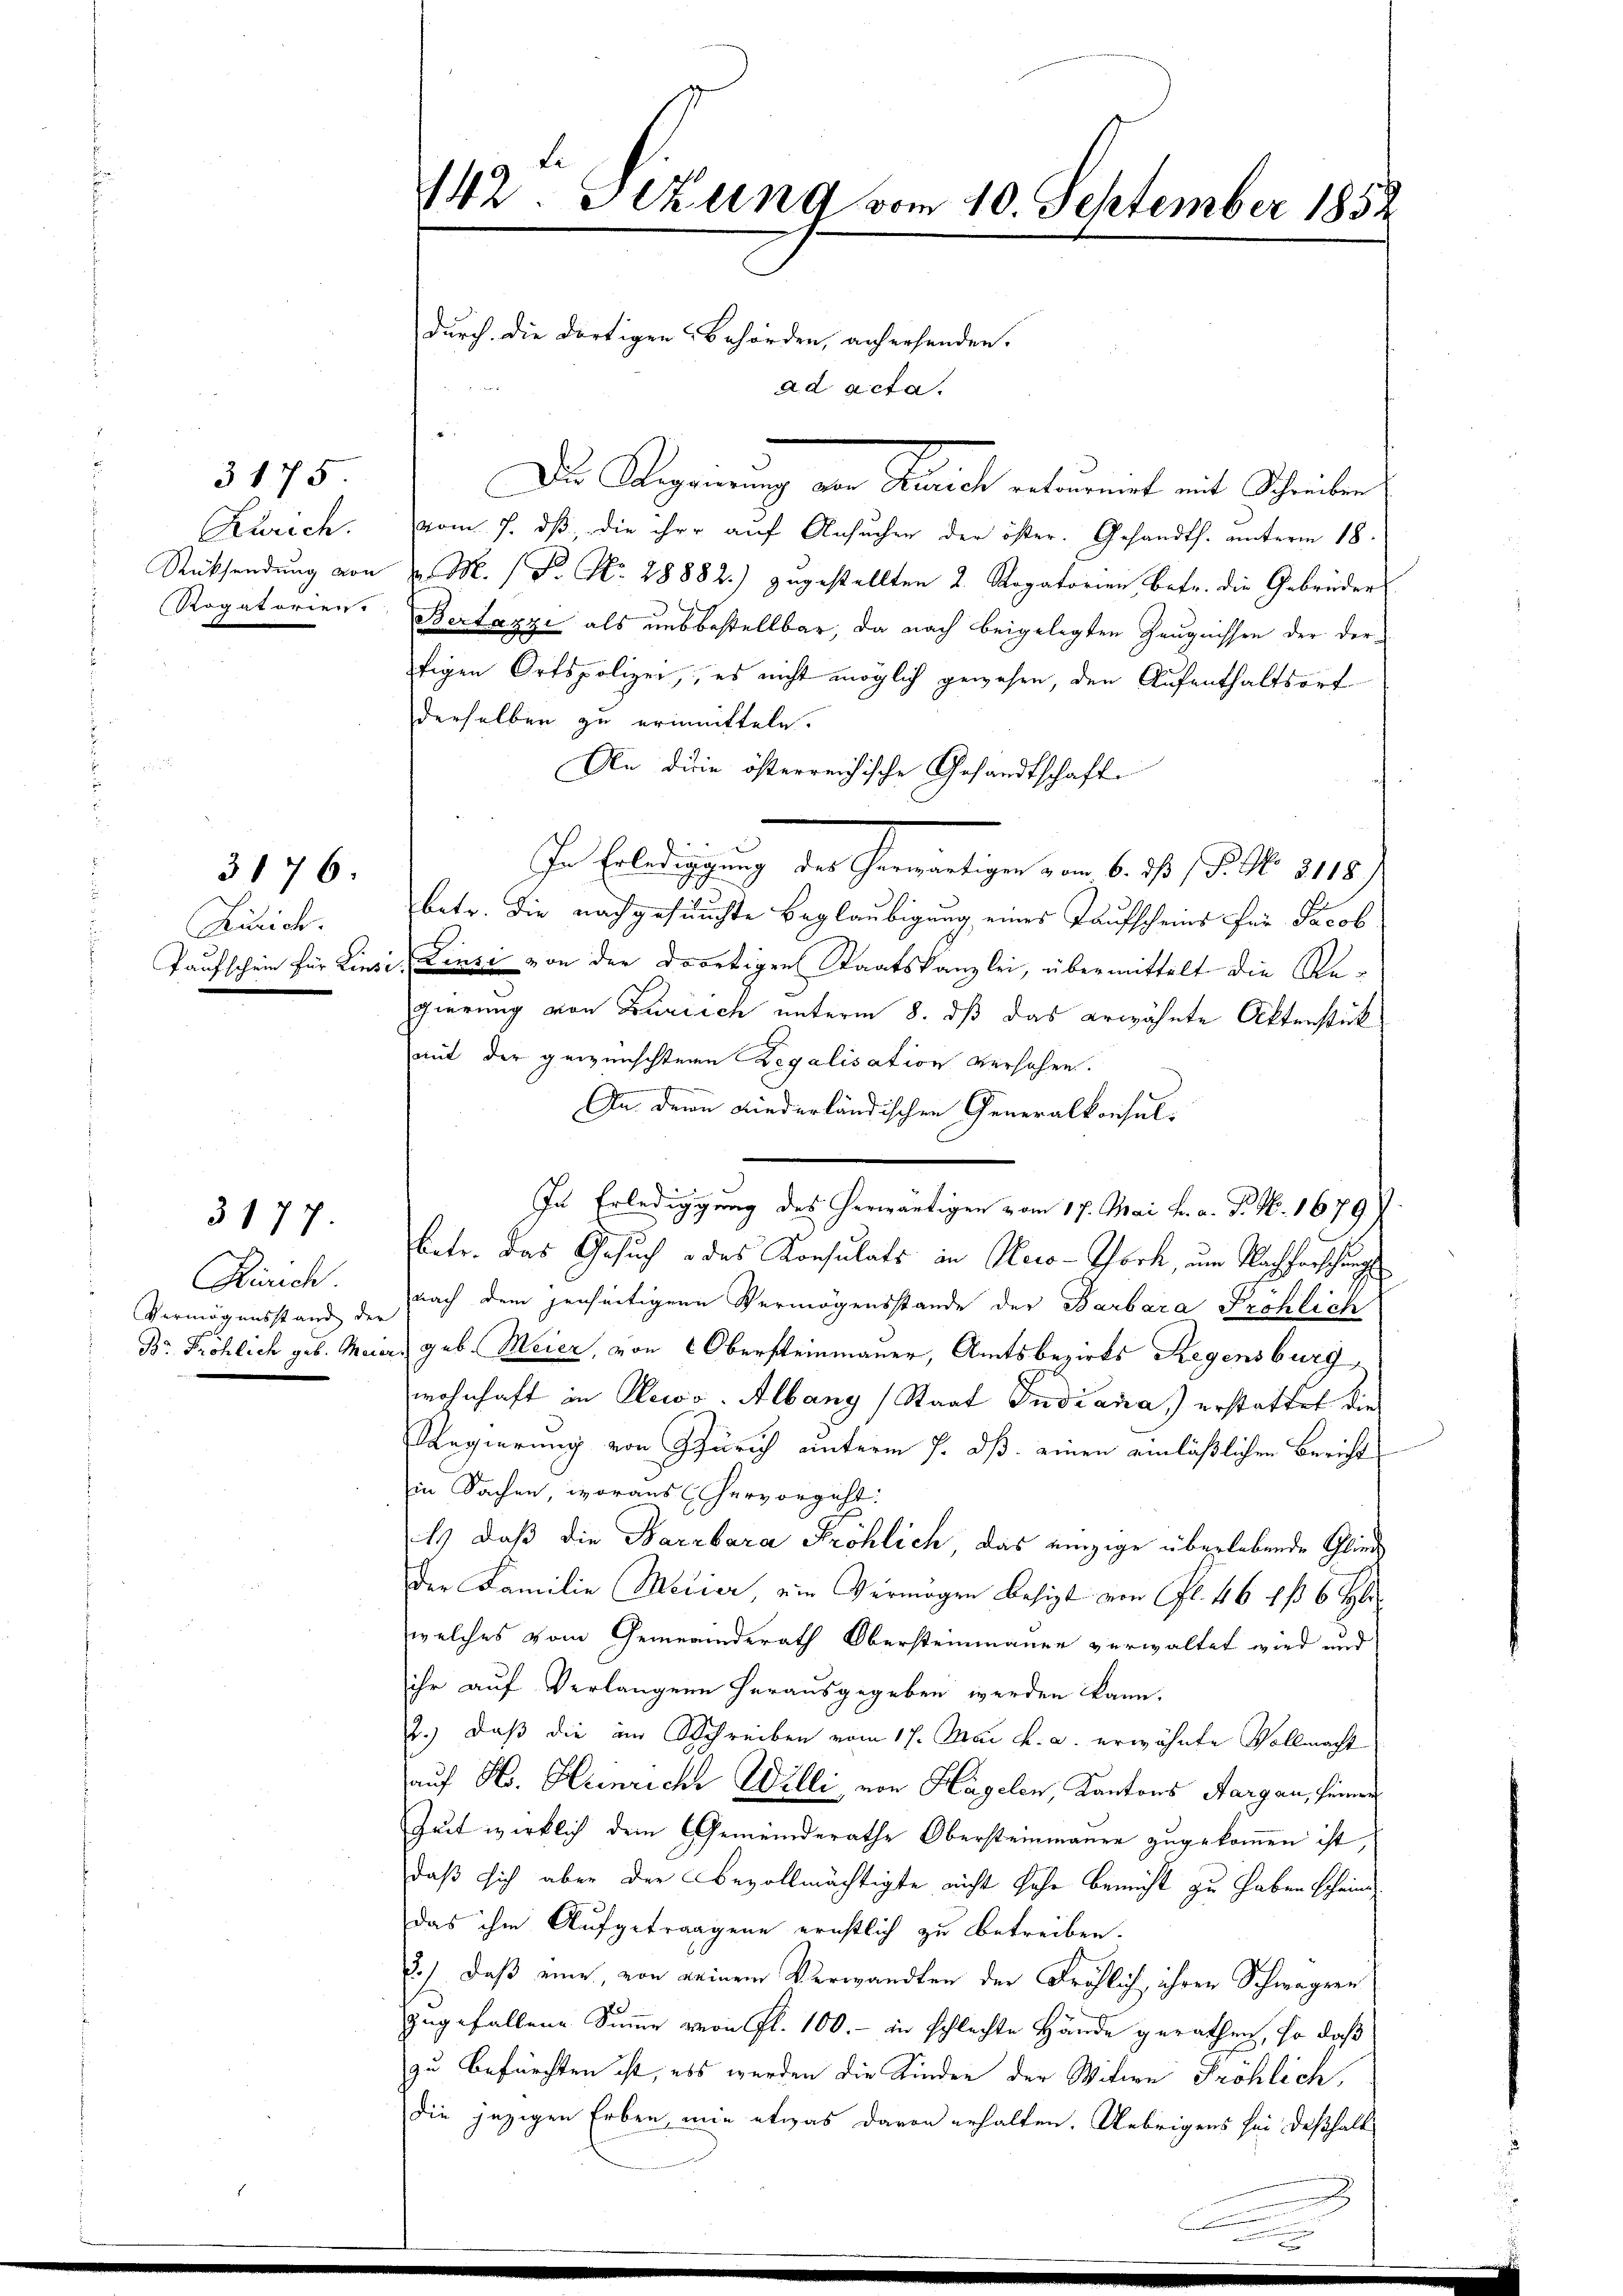
Zürich.
Rücksendung von
Rogatorien.

3177.

3175

3176.

Kurich.
kaufschein für Lies

Zürich
Vermögensstand der
Br. Fröhlich geb. Maie

142. Sekung vom 10. September 1852
durch die dortigen Behörden, anhersenden.

ad acta.

Dis Regierung an Staat erkammet mit Schenken
vom 7. dβ, die ihre auf Ansuchen der öster. Gesandts. unterm 18.
v. M. (T. No. 28882.) zugestellten 2. Rogatorien betr. die Gebrüder

Bertazzi als uns bestellbar, da nach beigelegten Zeugnissen der derfigen Ortspolizei, es nicht möglich gewesen, den Aufenthaltsort
derselben zu ermitteln.
An die österreichische Gesandtschaft
In Erledigung des Gewärtigen vom 6. 7. 15. No. 118.
betr. die nachgesuchte Beglaubigung eines Taufscheins für Jacob
Linse von der dortigen Staatskanzlei, übermittelt die Regierung von Zürich unterm 8. dß das erwähnte Aktenstück
mit der gewünschtern Regalisation versehen.
An denn wiederländischen Generalkonsul-
In Erledigung des herwärtigen vom 17. Mai h. a. P. Nr. 1679
betr. Das Gesuch des Konsulats an Hero-York, um Nachforschung
nach dem jenseitigen Vermögensstande der Barbara Pröhlich
geb. Meier, von Obersteinmauer, Amtsbezirks Regensburg,
wohnhaft in Newo-Albang (Staat Indiana) erstattet die
Regierung von Zürich unterm 7. dß. einen einläßlichen Bericht
in Sachen woraus hervorgeht:
Es daß die Barbara Fröhlich das einzige überlebende Glied
der Familie Medier ein Vermögen besizt von Fl. 46 f. 6. Hlr.
welches vom Gemeinderath Obersteinmanner verwaltet wird und
ihr auf Verlängern herausgegeben werden kann.
2.) Daß die im Schreiben vom 17. Mai k. a. erwähnte Vollmacht
auf Hs. Heinrich Willi, von Hagelen Kantons Aargau, seiner
Zeit wirklich dem Gemeinderathe Obersteinmanner zugekommen ist,
daß sich aber der Bevollmächtigte nicht Jahr bemüht zu haben Scheine
das ihm Aufgetragene ernstlich zu betreiben.
2.) Daß eine, von keinem Verwandten der Fröhlich, ihren Schwagern
zugefallene Summe von fl. 100.- in schlechte Hände gerathen, so daß
zu befürchten ist, als werden die Kinden der Witwe Fröhlich,
die jezigen Erben, wie etwas davon erhalten. Uebrigens sei deßhalb